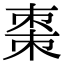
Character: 棗